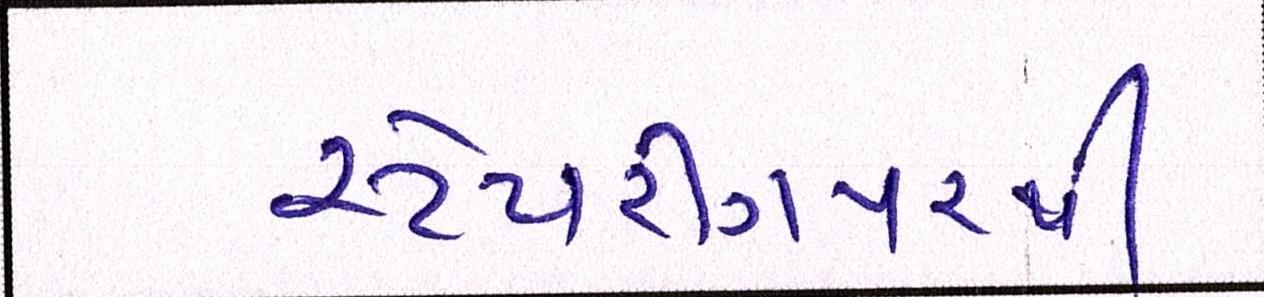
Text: સ્ટેયરીંગપરથી